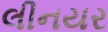
લીનયર